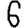
Digit: 6